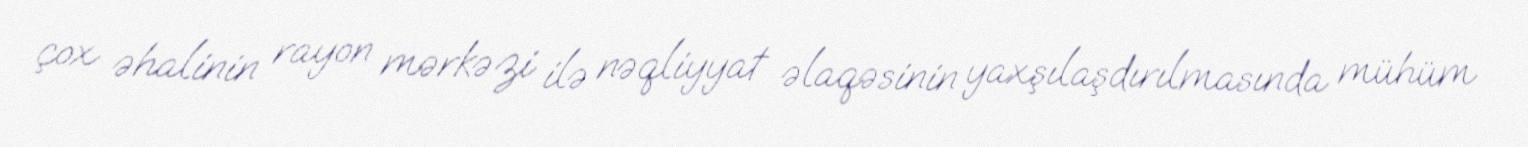
çox əhalinin rayon mərkəzi ilə nəqliyyat əlaqəsinin yaxşılaşdırılmasında mühüm